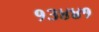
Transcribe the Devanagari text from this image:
१३४४१